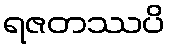
ရဇတဿပိ